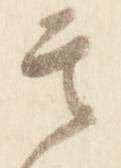
其